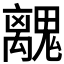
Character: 𮫧